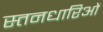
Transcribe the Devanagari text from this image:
स्तनधारिओं